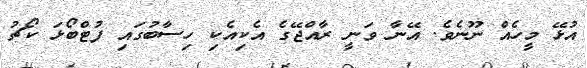
އުޅޭ މީހެއް ނޫނެވެ. އޭނާ ވަނީ ރާއްޖޭގެ އެކިއެކި ހިސާބުގައި ފުޓްބޯޅަ ކޯޗު